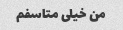
من خیلی متاسفم